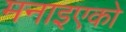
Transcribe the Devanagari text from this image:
मनाइएको